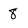
Character: 8